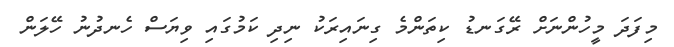
މިފަދަ މީހުންނަށް ރޭގަނޑު ކިތަންމެ ގިނައިރަކު ނިދި ކަމުގައި ވިޔަސް ހެނދުނު ހޭލަން